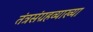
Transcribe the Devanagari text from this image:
तंत्रसंग्रहव्याख्या